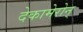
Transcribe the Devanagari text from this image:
देकामेरोन्